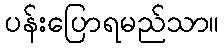
ပန်းပြောရမည်သာ။